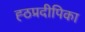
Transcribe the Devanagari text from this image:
ह्ठप्रदीपिका